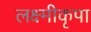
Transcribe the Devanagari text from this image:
लक्ष्मीकृपा